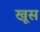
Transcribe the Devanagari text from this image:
खूस